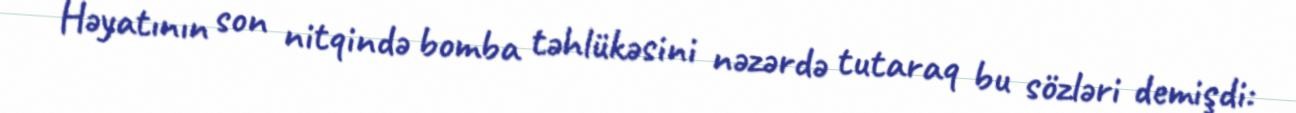
Həyatının son nitqində bomba təhlükəsini nəzərdə tutaraq bu sözləri demişdi: